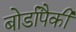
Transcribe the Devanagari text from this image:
बोर्डांपैकी